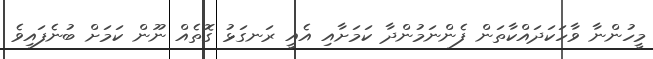
މީހުންނާ ވާހަކަދައްކާތަން ފެންނަމުންދާ ކަމަށާއި އެއީ ރަނގަޅު ގޮތެއް ނޫން ކަމަށް ބުނެފައިވެ